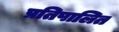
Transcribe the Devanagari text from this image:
प्रतिपालित